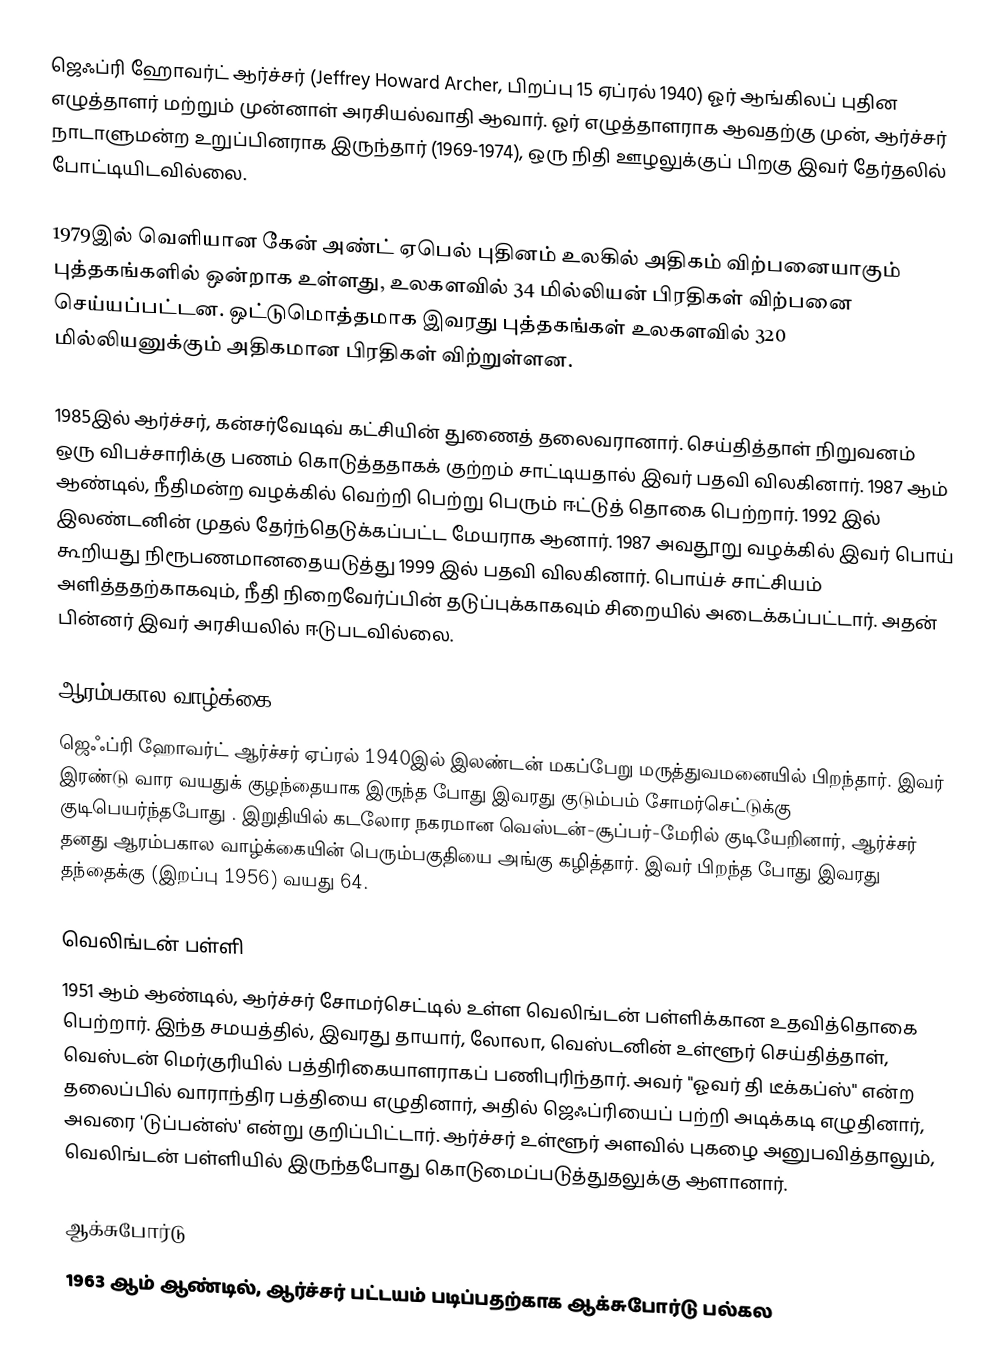
ஜெஃப்ரி ஹோவர்ட் ஆர்ச்சர் (Jeffrey Howard Archer, பிறப்பு 15 ஏப்ரல் 1940) ஓர் ஆங்கிலப் புதின எழுத்தாளர் மற்றும் முன்னாள் அரசியல்வாதி ஆவார். ஓர் எழுத்தாளராக ஆவதற்கு முன், ஆர்ச்சர் நாடாளுமன்ற உறுப்பினராக இருந்தார் (1969-1974), ஒரு நிதி ஊழலுக்குப் பிறகு இவர் தேர்தலில் போட்டியிடவில்லை.

1979இல் வெளியான கேன் அண்ட் ஏபெல் புதினம் உலகில் அதிகம் விற்பனையாகும் புத்தகங்களில் ஒன்றாக உள்ளது, உலகளவில் 34 மில்லியன் பிரதிகள் விற்பனை செய்யப்பட்டன. ஒட்டுமொத்தமாக இவரது புத்தகங்கள் உலகளவில் 320 மில்லியனுக்கும் அதிகமான பிரதிகள் விற்றுள்ளன.

1985இல் ஆர்ச்சர், கன்சர்வேடிவ் கட்சியின் துணைத் தலைவரானார். செய்தித்தாள் நிறுவனம் ஒரு விபச்சாரிக்கு பணம் கொடுத்ததாகக் குற்றம் சாட்டியதால் இவர் பதவி விலகினார். 1987 ஆம் ஆண்டில், நீதிமன்ற வழக்கில் வெற்றி பெற்று பெரும் ஈட்டுத் தொகை பெற்றார். 1992 இல் இலண்டனின் முதல் தேர்ந்தெடுக்கப்பட்ட மேயராக ஆனார். 1987 அவதூறு வழக்கில் இவர் பொய் கூறியது நிரூபணமானதையடுத்து 1999 இல் பதவி விலகினார்.  பொய்ச் சாட்சியம் அளித்ததற்காகவும், நீதி நிறைவேர்ப்பின் தடுப்புக்காகவும் சிறையில் அடைக்கப்பட்டார். அதன் பின்னர் இவர் அரசியலில் ஈடுபடவில்லை.

ஆரம்பகால வாழ்க்கை
ஜெஃப்ரி ஹோவர்ட் ஆர்ச்சர்  ஏப்ரல் 1940இல் இலண்டன் மகப்பேறு மருத்துவமனையில் பிறந்தார். இவர் இரண்டு வார வயதுக் குழந்தையாக இருந்த போது இவரது குடும்பம் சோமர்செட்டுக்கு குடிபெயர்ந்தபோது . இறுதியில் கடலோர நகரமான வெஸ்டன்-சூப்பர்-மேரில் குடியேறினார், ஆர்ச்சர் தனது ஆரம்பகால வாழ்க்கையின் பெரும்பகுதியை அங்கு கழித்தார். இவர் பிறந்த போது இவரது தந்தைக்கு (இறப்பு 1956) வயது 64.

வெலிங்டன் பள்ளி
1951 ஆம் ஆண்டில், ஆர்ச்சர்  சோமர்செட்டில் உள்ள வெலிங்டன் பள்ளிக்கான உதவித்தொகை பெற்றார். இந்த சமயத்தில், இவரது தாயார், லோலா, வெஸ்டனின் உள்ளூர் செய்தித்தாள், வெஸ்டன் மெர்குரியில் பத்திரிகையாளராகப் பணிபுரிந்தார். அவர் "ஓவர் தி டீக்கப்ஸ்" என்ற தலைப்பில் வாராந்திர பத்தியை எழுதினார், அதில் ஜெஃப்ரியைப் பற்றி அடிக்கடி எழுதினார், அவரை 'டுப்பன்ஸ்' என்று குறிப்பிட்டார். ஆர்ச்சர் உள்ளூர் அளவில் புகழை அனுபவித்தாலும், வெலிங்டன் பள்ளியில் இருந்தபோது கொடுமைப்படுத்துதலுக்கு ஆளானார்.

ஆக்சுபோர்டு
1963 ஆம் ஆண்டில், ஆர்ச்சர் பட்டயம் படிப்பதற்காக ஆக்சுபோர்டு பல்கல